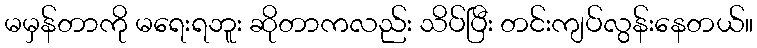
မမှန်တာကို မရေးရဘူး ဆိုတာကလည်း သိပ်ပြီး တင်းကျပ်လွန်းနေတယ်။